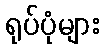
ရုပ်ပုံများ